Vaccination in the Punjab 1919-1929 - 1919-1929
Year: 1919
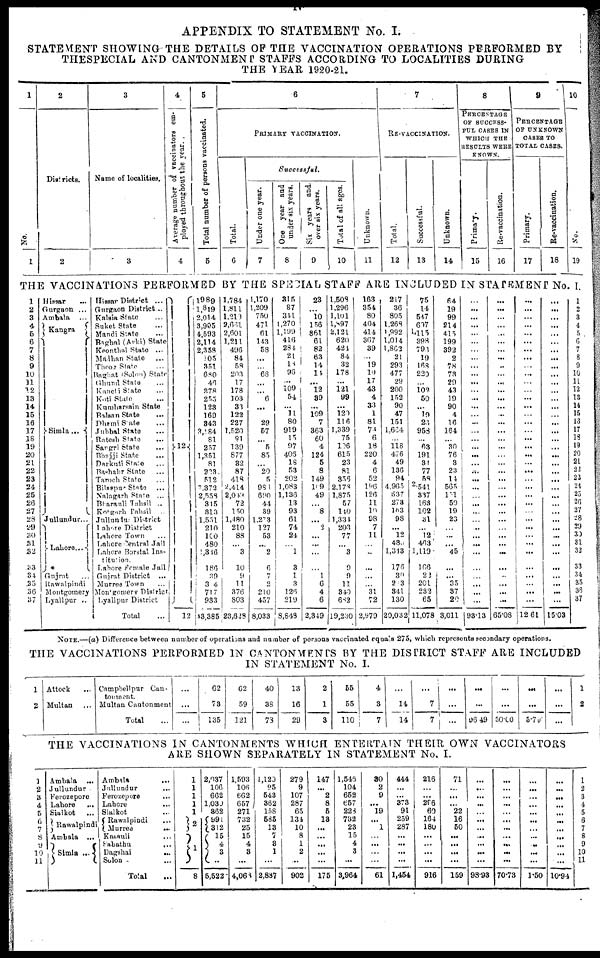
IV
APPENDIX TO STATEMENT No. I.
STATEMENT SHOWING-THE DETAILS OF THE VACCINATION OPERATIONS PERFORMED BY
THESPECIAL AND CANTONMENT STAFFS ACCORDING TO LOCALITIES DURING
THE YEAR 1920-21.
1
1
2
Districts.
2
3
Name of localities.
3
4
Average number of vaccinators em-
ployed throughout the year.
4
5
Total number of persons vaccinated.
5
6
PRIMARY VACCINATION.
Total.
6
Successful.
Under one year.
7
One
year and
under six years.
8
Six years
and
over six years.
9
Total of all ages.
Unknown.
11
7
RE-VACCINATION.
Total.
12
Successful.
13
Unknown.
14
8
PERCENTAGE
OF SUCCESS-
FUL CASES IN
WHICH THE
RESULTS WERE
KNOWN.
Primary.
15
Re-vaccination.
16
9
PERCENTAGE
OF UNKNOWN
CASES TO
TOTAL CASES.
Primary.
17
Re-vaccination.
18
10
No.
19
THE VACCINATIONS PERFORMED BY THE SPECIAL STAFF ARE INCLUDED IN STATEMENT No. I.
l
2
3
4
5
6
7
8
9
10
11
12
13
14
15
16
17
18
19
20
21
22
23
24
25
26
27
28
29 30
31
32
33
34
35
36
37
Hissar ...
Gurgaon ...
Ambala ...
Kangra ...
Simla
...
Jullundur ...
Lahore
...
Gujrat ...
Rawalpindi
Montgomery
Lyallpur ...
Hissar District ...
Gurgaon District ...
Kalsia State ...
Saket State ...
Mandi State ...
Baghal (Arki) State
Keonthal State ...
Madhan State ...
Theoz State ...
Baghat (Solon) State
Ghund Stale ...
Kanchi State ...
Koti State ...
Kumharsain State
Balsan State ...
Dhemi State ...
Jubbal State ...
Ratesh State ...
Sargri State ...
Bhajji State ...
Darkuti State ...
Bashahr State ...
Taroch State ...
Bilaspur State ...
Nalagarh State ...
Bharauli Tahsil ...
Kotgarh Tahsil ...
Jullundur District
Bahare District
Lahore Town ...
Lahore Central Jail
Lahore Borstal Ins-
titution.
Lahore Female Jail
Gujrat District
Murree Town
Montgomery District
Dyallpur District
Total ...
12
12
l989
1,819
2,014
3,905
4,593
2,114
2,358
105
351
680
46
378
255
123
169
343
3,284
81
257
1,351
81
223
512
7,372
2,558
315
313
1,551
210
100
480
1,346
186
39
34
717
933
43,385
1,784
1,811
1,219
2,661
2,601
1,211
496
84
58
203
17
178
103
33
122
227
1,520
81
139
877
32
87
418
2,414
2,048
72
150
1,480
210
88
...
3
10
9
11
376
803
23,628
1,170
1,209
750
471
61
143
58
...
...
68
...
...
6
...
29
57
...
5
85
...
20
5
986
690
41
39
1,273
127
53
...
2
6
7
2
210
457
8,033
315
87
341
1,270
1,199
416
284
21
18
96
...
109
54
...
11
80
919
15
97
408
18
53
202
1,083
1,136
13
93
61
74
24
...
1
3
1
3
126
219
8,843
23
...
10
156
861
61
82
63
14
14
...
12
39
...
109
7
363
60
4 124
5
8
149
109
49
...
8
...
2
...
...
...
...
1
6
4
6
2,349
1,508
1,296
l,101
1,897
2,121
620
421
84
32
178
...
121
99
...
120
116
1,339
75
106
615
23
81
356
2,178
1,875
57
140
1,331
203
77
...
3
9
9
11
340
682
19,230
163
354
80
404
414
367
39
...
19
19
17
43
4
33
1
81
73
6
18
220
4
6
52
196
126
11
10
98
7
11
...
...
...
...
...
31
72
2,979
217
36
805
1,268
1,992
1,014
1,862
21
293
477
29
200
152
90
47
151
1,664
...
118
476
49
136
94
4,965
537
273
163
98
...
12
430
1,313
176
30
203
341
130
20,032
75 1
14
547
697
1,115
398
798
19
168
229
...
102
50
...
19
26
958
...
63
191
31
77
58
2,54l
337
163
102
31
...
12
463
1,119
166
22
201
232
65
11,078
64
19
99
214
415
199
392
2
78
73
29
43
19
90
4
16
164
...
30
76
3
23
14
565
l6l
50
19
23
...
...
...
45
...
...
35
37
20
3,011
...
...
...
...
...
...
...
...
...
...
...
...
...
...
...
...
...
...
...
...
...
...
...
...
...
...
...
...
...
...
...
...
...
...
...
...
...
93.13
...
...
...
...
...
...
...
...
...
...
...
...
...
...
...
...
...
...
...
...
...
...
...
...
...
...
...
...
...
...
...
...
...
...
...
...
...
65.08
...
...
...
...
...
...
...
...
...
...
...
...
...
...
...
...
...
...
...
...
...
...
...
...
...
...
...
...
...
...
...
...
...
...
...
...
...
12.61
...
...
...
...
...
...
...
...
...
...
...
...
...
...
...
...
...
...
...
...
...
...
...
...
...
...
...
...
...
...
...
...
...
...
...
...
...
15.03
1
2
3
4
5
6
7
8
9
10
11
12
13
14
15
16
17
18
19
20
21
22
23
24
25
26
27
28
29
30
31
32
33
34
35
35
37
NOTE.—(a) Difference between number of operations and number of persons vaccinated equals 275, which represents secondary operations.
THE VACCINATIONS PERFORMED IN CANTONMENTS BY THE DISTRICT STAFF ARE INCLUDED
IN STATEMENT No. I.
1
2
Attock ...
Multan ...
Campbell pur Can-
tonment.
Multan Cantonment
Total ...
...
...
...
62
73
135
62
59
121
40
38
73
13
16
29
2
1
3
55
55
110
4
3
7
...
14
14
...
7
7
...
...
...
...
06.49
...
...
50.00
...
...
5.73
...
...
...
1
2
THE VACCINATIONS IN CANTONMENTS WHICH ENTERTAIN THEIR OWN VACCINATORS
ARE SHOWN SEPARATELY IN STATEMENT No. I.
1
2
3
4
5
6
7
8
9
10
11
Ambala
...
Jullundur
Ferozepore
Lahore
...
Sialkot ...
Rawalpindi
Ambala ...
Simla ...
Ambala
...
Jullundur
...
Ferozepore ...
Lahore ...
Sialkot ...
Rawalpindi ...
Murree
...
Kasauli ...
Sabathu
...
Dagshai
...
Solon ...
Total ...
1
1
1
1
1
2
1
8
2,037
106
662
1,030
362
991
312
15
4
3
...
5,522
1,593
106
662
657
271
732
25
15
4
3
...
4,068
1,120
95
543
362
158
585
13
77
3
1
...
2,887
279
9
107
287
65
134
10
8
1
2
...
902
147
...
2
8
5
13
...
...
...
...
...
175
1,546
104
652
657
228
732
23
15
4
3
...
3,964
30
2
9
...
19
...
1
...
...
...
...
61
444
...
...
373
91
259
287
...
...
...
...
1,454
216
...
...
286
60
164
180
...
...
...
...
916
71
...
...
...
22
16
50
...
...
...
...
159
...
...
...
...
...
...
...
...
...
...
...
93.93
...
...
...
...
...
...
...
...
...
...
...
70.73
...
...
...
...
...
...
...
...
...
...
...
1.50
...
...
...
...
...
...
...
...
...
...
...
10.94
1
2
3
4
5
6
7
8
9
10
11